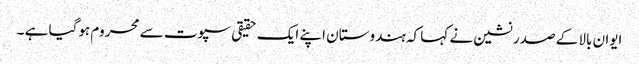
ایوان بالا کے صدر نشین نے کہا کہ ہندوستان اپنے ایک حقیقی سپوت سے محروم ہوگیا ہے ۔